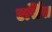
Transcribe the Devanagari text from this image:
एर्सिस